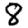
Digit: 8